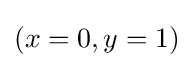
(x=0,y=1)